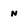
Character: n